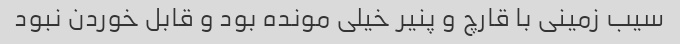
سیب زمینی با قارچ و پنیر خیلی مونده بود و قابل خوردن نبود